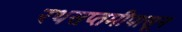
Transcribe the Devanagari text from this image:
रथसप्तमीपासून